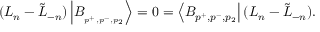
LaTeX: ( L _ { n } - \tilde { L } _ { - n } ) \left| B _ { _ { p ^ { + } , p ^ { - } , p _ { 2 } } } \right\rangle = 0 = \left\langle B _ { p ^ { + } , p ^ { - } , p _ { 2 } } \right| ( L _ { n } - \tilde { L } _ { - n } ) .